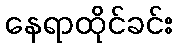
နေရာထိုင်ခင်း